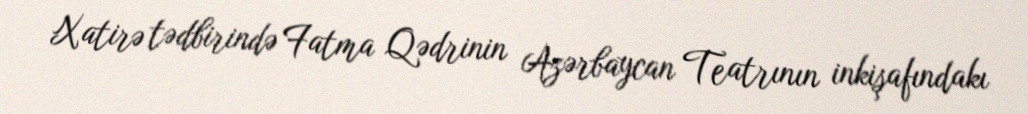
Xatirə tədbirində Fatma Qədrinin Azərbaycan Teatrının inkişafındakı